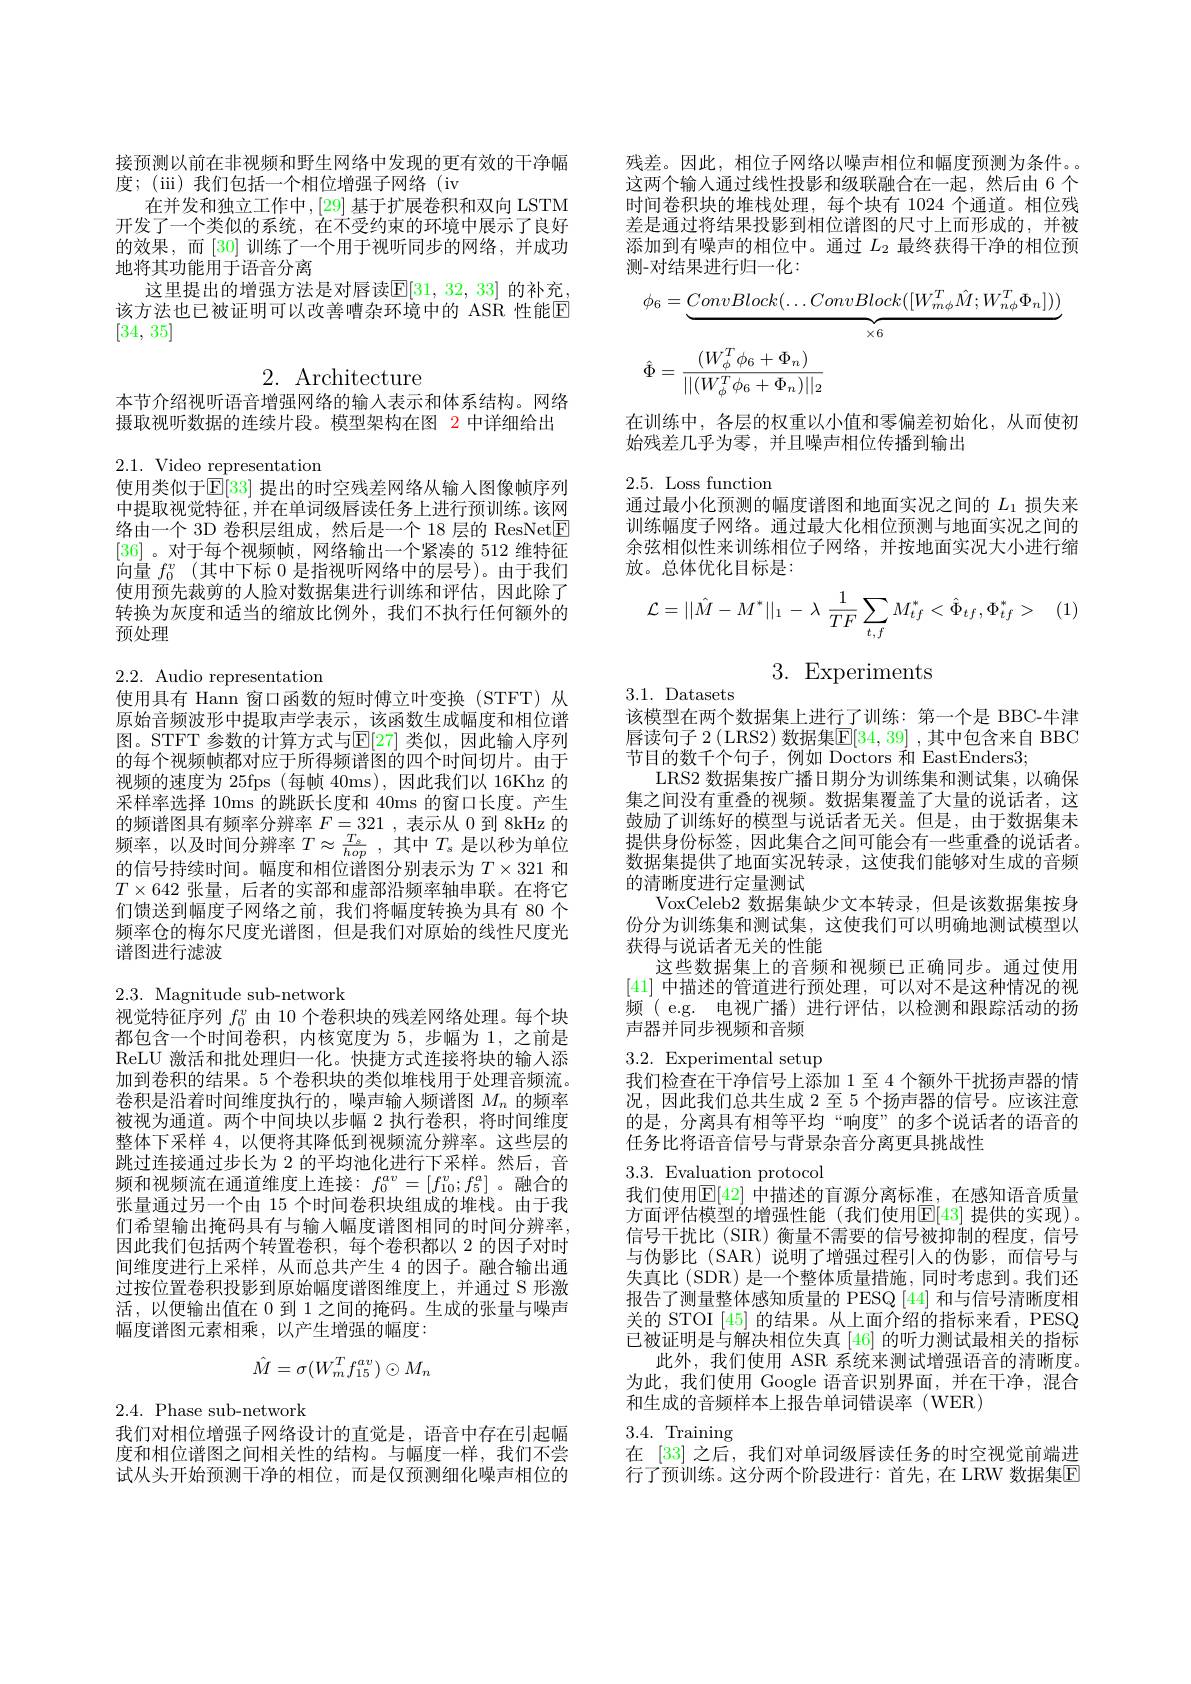
接预测以前在非视频和野生网络中发现的更有效的干净幅
度；(iii) 我们包括一个相位增强子网络 (iv
在并发和独立工作中，[29] 基于扩展卷积和双向 LSTM 开发了一个类似的系统，在不受约束的环境中展示了良好的效果，而[30]训练了一个用于视听同步的网络，并成功地将其功能用于语音分离
这里提出的增强方法是对唇读$\mathbb{E}[31,32,33]$ 的补充该方法也已被证明可以改善嘈杂环境中的 ASR 性能$\overline{\mathrm{E}}$ [34,35]

2. Architecture
本节介绍视听语音增强网络的输入表示和体系结构。网络

摄取视听数据的连续片段。模型架构在图 2 中详细给出

2.1. Video representation
使用类似于$\mathbb{E}[33]$ 提出的时空残差网络从输人图像帧序列中提取视觉特征，并在单词级唇读任务上进行预训练。该网络由一个 3D 卷积层组成，然后是一个 18 层的 ResNet$\boxed{\mathrm{F}}$ [36] 。对于每个视频帧，网络输出一个紧凑的 512 维特征向量$f_0^v$ (其中下标 0 是指视听网络中的层号)。由于我们使用预先裁剪的人脸对数据集进行训练和评估，因此除了转换为灰度和适当的缩放比例外，我们不执行任何额外的预处理

2.2. Audio representation
使用具有 Hann 窗口函数的短时傅立叶变换(STFT) 从

原始音频波形中提取声学表示，该函数生成幅度和相位谱图。STFT 参数的计算方式与$\mathbb{E}[27]$ 类似，因此输入序列的每个视频帧都对应于所得频谱图的四个时间切片。由于视频的速度为 25fps (每帧 40ms),因此我们以 16Khz 的采样率选择 10ms 的跳跃长度和 40ms 的窗口长度。产生的频谱图具有频率分辨率$F=321$,表示从 0 到 8kHz 的频率，以及时间分辨率$T\approx\frac{T_{s}}{hop}$,其中$T_s$是以秒为单位的信号持续时间。幅度和相位谱图分别表示为$T\times321$和$T\times642$张量，后者的实部和虚部沿频率轴串联。在将它们馈送到幅度子网络之前，我们将幅度转换为具有 80 个频率仓的梅尔尺度光谱图，但是我们对原始的线性尺度光谱图进行滤波

2.3. Magnitude sub-network
视觉特征序列$f_0^v$由 10 个卷积块的残差网络处理。每个块

都包含一个时间卷积，内核宽度为 5,步幅为 1,之前是ReLU 激活和批处理归一化。快捷方式连接将块的输入添加到卷积的结果。5 个卷积块的类似堆栈用于处理音频流。卷积是沿着时间维度执行的，噪声输入频谱图$M_n$的频率被视为通道。两个中间块以步幅 2 执行卷积，将时间维度整体下采样4，以便将其降低到视频流分辨率。这些层的跳过连接通过步长为 2 的平均池化进行下采样。然后，音$\begin{array}{l}\text{频和视频流在通道维度上连接：}f_0^{av}=[f_{10}^v;f_5^a]\text{。融合的}\\\text{张量通过另一个由 15 个时间卷积块组成的堆栈。由于我}\end{array}$ 们希望输出掩码具有与输入幅度谱图相同的时间分辨率， 因此我们包括两个转置卷积，每个卷积都以 2 的因子对时间维度进行上采样，从而总共产生 4 的因子。融合输出通过按位置卷积投影到原始幅度谱图维度上，并通过 S 形激活，以便输出值在 0 到 1 之间的掩码。生成的张量与噪声幅度谱图元素相乘，以产生增强的幅度：
$$\hat{M}=\sigma(W_m^Tf_{15}^{av})\odot M_n$$
2.4. Phase sub-network
我们对相位增强子网络设计的直觉是，语音中存在引起幅

度和相位谱图之间相关性的结构。与幅度一样，我们不尝试从头开始预测干净的相位，而是仅预测细化噪声相位的

残差。因此，相位子网络以噪声相位和幅度预测为条件。这两个输入通过线性投影和级联融合在一起，然后由 6 个时间卷积块的堆栈处理，每个块有 1024 个通道。相位残差是通过将结果投影到相位谱图的尺寸上而形成的，并被添加到有噪声的相位中。通过$L_{2}$最终获得干净的相位预测-对结果进行归一化：
$$\begin{aligned}&\phi_{6}=\underbrace{ConvBlock(\ldots ConvBlock([W_{m\phi}^{T}\hat{M};W_{n\phi}^{T}\Phi_{n}]))}_{\times6}\\&\hat{\Phi}=\frac{(W_{\phi}^{T}\phi_{6}+\Phi_{n})}{||(W_{\phi}^{T}\phi_{6}+\Phi_{n})||_{2}}\end{aligned}$$
在训练中，各层的权重以小值和零偏差初始化，从而使初
始残差几乎为零，并且噪声相位传播到输出

2.5. Loss function
通过最小化预测的幅度谱图和地面实况之间的$L_{1}$损失来

训练幅度子网络。通过最大化相位预测与地面实况之间的余弦相似性来训练相位子网络，并按地面实况大小进行缩放。总体优化目标是：
$$\mathcal{L}=||\hat{M}-M^*||_1\:-\:\lambda\:\frac{1}{TF}\sum_{t,f}M_{tf}^*\:<\hat{\Phi}_{tf},\Phi_{tf}^*\:>$$
3. Experiments

3.1. Datasets
该模型在两个数据集上进行了训练：第一个是 BBC-牛津唇读句子 2 (LRS2) 数据集E[34,39] ,其中包含来自 BBC 节目的数千个句子，例如 Doctors 和 EastEnders3;
LRS2 数据集按广播日期分为训练集和测试集，以确保集之间没有重叠的视频。数据集覆盖了大量的说话者，这鼓励了训练好的模型与说话者无关。但是，由于数据集末提供身份标签，因此集合之间可能会有一些重叠的说话者。数据集提供了地面实况转录，这使我们能够对生成的音频的清晰度进行定量测试
VoxCeleb2 数据集缺少文本转录，但是该数据集按身份分为训练集和测试集，这使我们可以明确地测试模型以获得与说话者无关的性能
这些数据集上的音频和视频已正确同步。通过使用[41]中描述的管道进行预处理，可以对不是这种情况的视频( e.g. 电视广播)进行评估，以检测和跟踪活动的扬声器并同步视频和音频

# 3.2. Experimental setup
我们检查在干净信号上添加 1 至 4 个额外干扰扬声器的情

况，因此我们总共生成 2 至 5 个扬声器的信号。应该注意的是，分离具有相等平均“响度”的多个说话者的语音的任务比将语音信号与背景杂音分离更具挑战性
3.3.Evaluation protocol
我们使用$\mathbb{E}[42]$ 中描述的盲源分离标准，在感知语音质量方面评估模型的增强性能(我们使用$\mathbb{E}[43]$ 提供的实现)。信号干扰比(SIR)衡量不需要的信号被抑制的程度，信号与伪影比(SAR)说明了增强过程引入的伪影，而信号与失真比(SDR) 是一个整体质量措施，同时考虑到。我们还报告了测量整体感知质量的 PESQ [44]和与信号清晰度相关的 STOI [45]的结果。从上面介绍的指标来看，PESQ 已被证明是与解决相位失真[46]的听力测试最相关的指标
此外，我们使用 ASR 系统来测试增强语音的清晰度。为此，我们使用 Google 语音识别界面，并在干净，混合和生成的音频样本上报告单词错误率(WER)
3.4. Training
在 [33] 之后，我们对单词级唇读任务的时空视觉前端进行了预训练。这分两个阶段进行：首先，在 LRW 数据集$\overline{\mathrm{E}}$